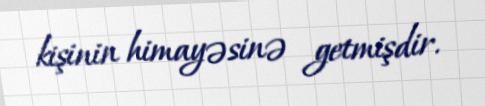
kişinin himayəsinə getmişdir.